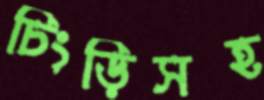
চিংড়িসহ